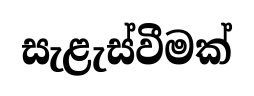
සැළැස්වීමක්